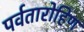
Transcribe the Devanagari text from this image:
पर्वतारोहिण